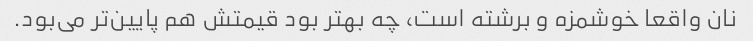
نان واقعا خوشمزه و برشته است، چه بهتر بود قیمتش هم پایین‌تر می‌بود.